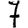
Digit: 7